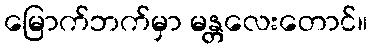
မြောက်ဘက်မှာ မန္တလေးတောင်။